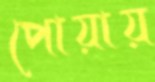
পোয়ায়